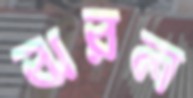
ঝরল